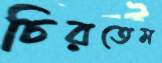
চিরতেম